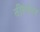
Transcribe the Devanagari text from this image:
तीक्ष्णंदत